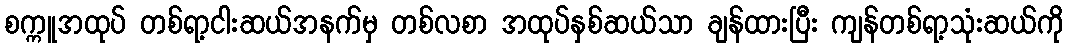
စက္ကူအထုပ် တစ်ရာ့ငါးဆယ်အနက်မှ တစ်လစာ အထုပ်နှစ်ဆယ်သာ ချန်ထားပြီး ကျန်တစ်ရာ့သုံးဆယ်ကို